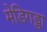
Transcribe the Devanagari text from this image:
मेडिगड्डा